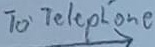
Text: To Telephone